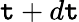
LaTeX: \mathtt{t}+d\mathtt{t}